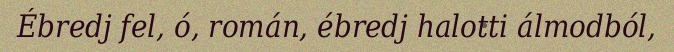
Ébredj fel, ó, román, ébredj halotti álmodból,